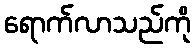
ရောက်လာသည်ကို